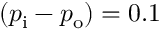
( p _ { \mathrm { { i } } } - p _ { \mathrm { { o } } } ) = 0 . 1